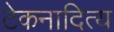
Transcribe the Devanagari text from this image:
टेकनादित्य